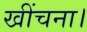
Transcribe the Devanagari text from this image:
खींचना।